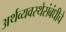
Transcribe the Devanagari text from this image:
अर्थव्यवस्थेसंबंधीचे